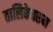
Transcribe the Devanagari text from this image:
तालिकेवरून